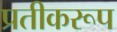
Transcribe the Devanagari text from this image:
प्रतीकरूप